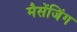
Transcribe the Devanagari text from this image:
मैसेंजिंग